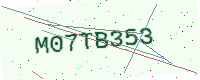
Text: M07TB353